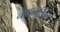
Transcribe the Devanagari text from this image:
नेपाळातील